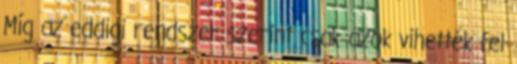
Míg az eddigi rendszer szerint csak azok vihették fel